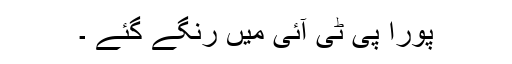
پورا پی ٹی آئی میں رنگے گئے ۔